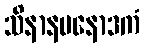
သိနာနမနောဒကံ